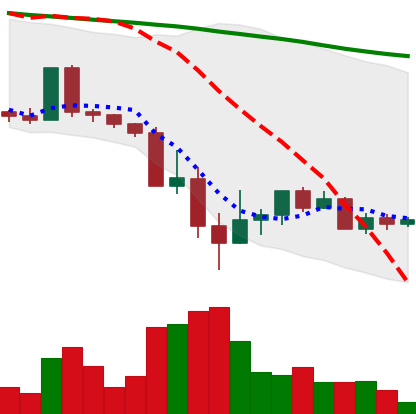
Ticker: ADA-USD
Chart end date: 2022-05-21
Forward return: -8.978%
Label: down_7plus